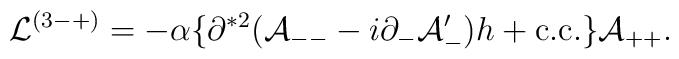
{\cal L}^{(3-+)} =- \alpha \{ \partial^{* 2 } ({\cal A}_{--} - i \partial_-{\cal A}_-^{\prime } ) h + {\rm c.c.} \} {\cal A}_{++}.